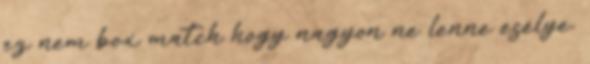
ez nem box match hogy nagyon ne lenne esélye.